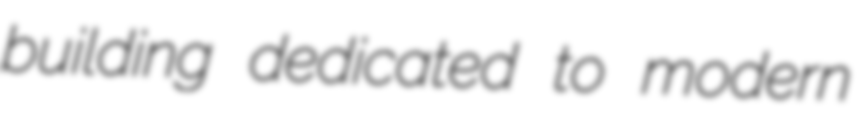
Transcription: building dedicated to modern